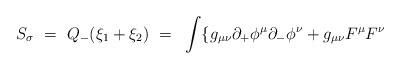
\begin{align*}S_\sigma ~=~ Q_- (\xi_1 + \xi_2) ~=~ \int \{ g_{\mu\nu} \partial_+\phi^\mu \partial_-\phi^\nu + g_{\mu\nu}F^\mu F^\nu\end{align*}